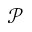
\mathcal P